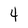
Character: 4